Report of the King Institute of Preventive Medicine, Guindy
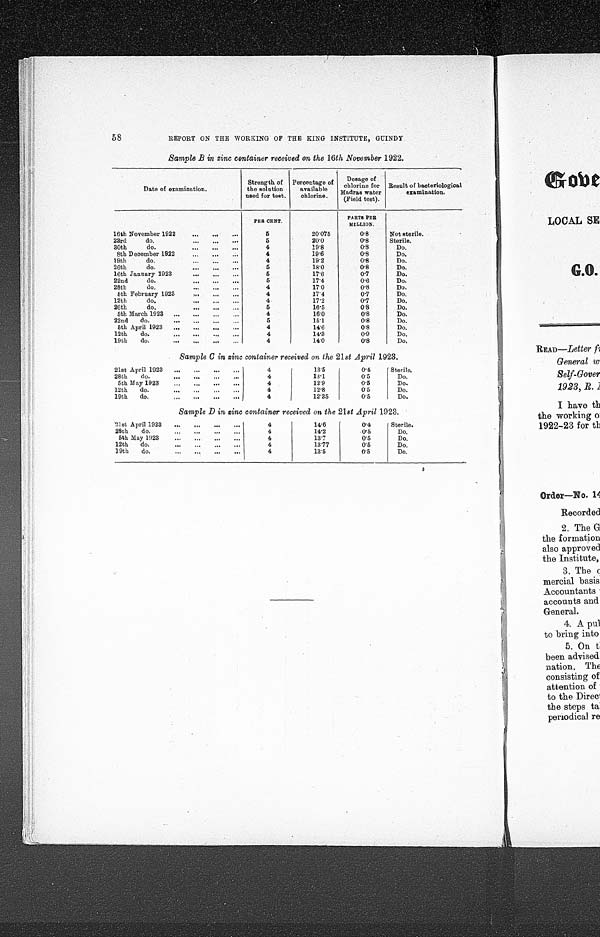
58
REPORT ON THE WORKING OF THE KING INSTITUTE, GUINDY
Sample B in zinc container received on the 16th November 1922.
Date of examination .
Strength of
the solution
used for test.
Percentage of
available
chlorine.
Dosage of
chlorine for
Madras water
(Field test).
Result of bacteriological
examination.
PER CENT.
PARTS PER
MILLION.
16th November 1922 . . .
5
20.075
0.8
Not sterile.
23rd do. . . .
5
20.0
0.8
Sterile.
30th do. . . .
4
19.8
0.8
D o .
8th December 1922 . . .
4
19.6
0.8
Do.
19th do. . . .
4
19.2
0.8
Do.
26th do. . . .
5
18.0
0.8
Do.
16th January 1923 . . .
5
17.6
0.7
Do.
22nd do. . . .
5
17.4
0.6
Do.
28th do. . . .
4
17.0
0.8
Do.
5 t h F e b r u a r y 1 9 2 3 . . .
4
17.4
0.7
Do.
12th do. . . .
4
17.2
0.7
Do.
26th do. . . .
5
16.5
0.8
Do.
5th March 1923 . . .
4
16.0
0.8
Do.
22nd do. . . .
5
15.1
0.8
Do.
5th April 1923 . . .
4
14.6
0.8
Do.
12th do. . . .
4
14.3
0.9
Do.
19th do. . . .
4
14.0
0.8
D o .
Sample C in zinc container received on the 21 st April 1923.
21st April 1923 . . .
4
13.5
0.4
Sterile.
28th do. . . .
4
13.1
0.5
D o .
5th May 1923 . . .
4
12.9
0.5
Do.
12th do. . . .
4
12.8
0.5
Do.
19th do. . . .
4
12.35
0.5
Do.
Sample D in zinc container received on the 21 st April 1923.
21st April 1923 . . .
4
14.6
0.4
Sterile.
28th do. . . .
4
14.2
0.5
Do.
5th May 1923 . . .
4
13.7
0.5
Do.
12th do. . . .
4
13.77
0.5
Do.
19th do. . . .
4
13.5
0.5
Do.